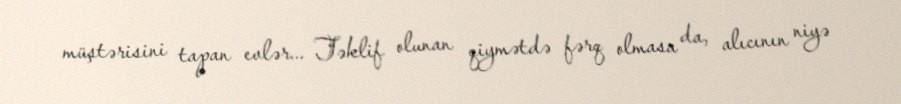
müştərisini tapan evlər... Təklif olunan qiymətdə fərq olmasa da, alıcının niyə